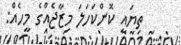
ތިޔައީ ކޮންކަހަލަ މިޒާޖެއްގެ މީހެއް: